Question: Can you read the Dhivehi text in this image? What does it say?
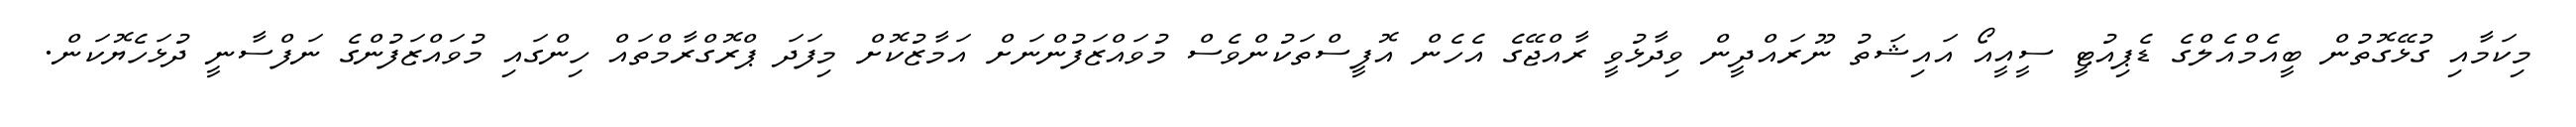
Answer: މިކަމާއި ގުޅޭގޮތުން ބީއެމްއެލްގެ ޑެޕިއުޓީ ސީއީއޯ އައިޝަތު ނޫރައްދީން ވިދާޅުވީ ރާއްޖޭގެ އެހެން އޮފީސްތަކުންވެސް މުވައްޒަފުންނަށް އަމާޒުކޮށް މިފަދަ ޕްރޮގްރާމްތައް ހިންގައި މުވައްޒަފުންގެ ނަފްސާނީ ދުޅަހެޔޮކަން.